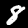
Digit: 8